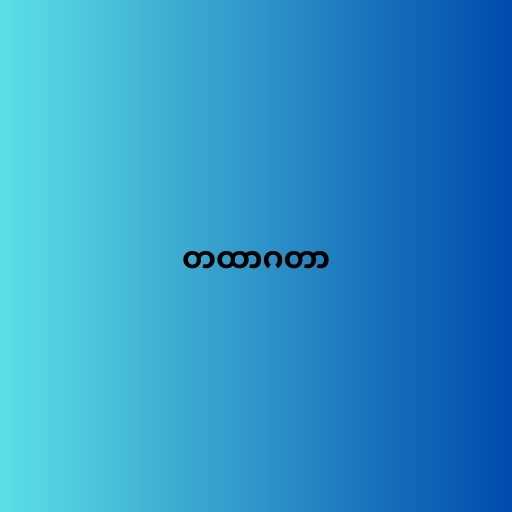
တထာဂတာ